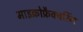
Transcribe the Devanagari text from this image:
माइक्रोफ्रैक्चरिंग